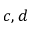
c , d